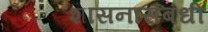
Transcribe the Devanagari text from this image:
शासनासंबंधी